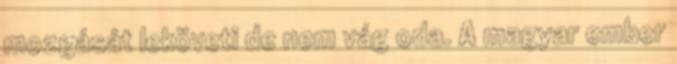
mozgását leköveti de nem vág oda. A magyar ember